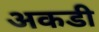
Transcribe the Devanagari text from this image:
अकडी